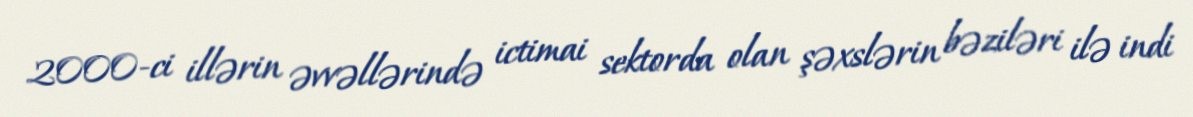
2000-ci illərin əvvəllərində ictimai sektorda olan şəxslərin bəziləri ilə indi